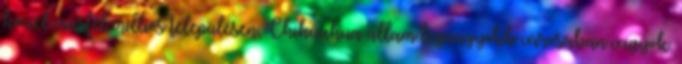
közel másfél milliós településen, Chihuahua állam legnagyobb városában vagyok.